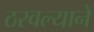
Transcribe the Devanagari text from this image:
ठरवल्याने